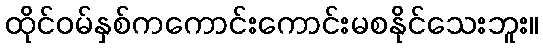
ထိုင်ဝမ်နှစ်ကကောင်းကောင်းမစနိုင်သေးဘူး။